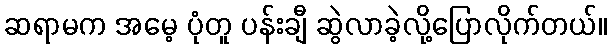
ဆရာမက အမေ့ ပုံတူ ပန်းချီ ဆွဲလာခဲ့လို့ပြောလိုက်တယ်။